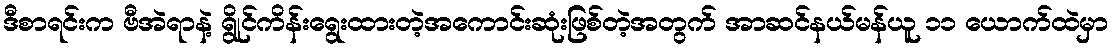
ဒီစာရင်းက ဗီအဲရာနဲ့ ရွိုင်ကိန်းရွေးထားတဲ့အကောင်းဆုံးဖြစ်တဲ့အတွက် အာဆင်နယ်မန်ယူ ၁၁ ယောက်ထဲမှာ